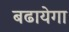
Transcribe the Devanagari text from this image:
बढायेगा